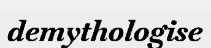
demythologise